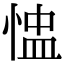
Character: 𢝈